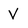
Character: V